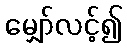
မျှော်လင့်၍